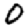
Digit: 0